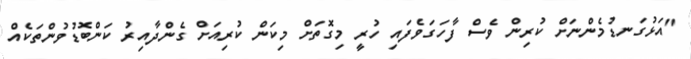
"އަޅުގަނޑުމެންނަށް ކުރިން ވެސް ފާހަގަވެފައި ހުރީ މިގޮތަށް މިކަން ކުރިއަށް ގެންދާއިރު ކަންބޮޑުވުންތަކެއް